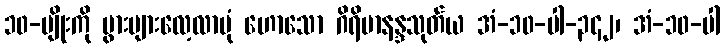
၁၀-မျိုးကို ပွားများလေ့လာပုံ ဟောသော ဂိရိမာနန္ဒသုတ်ယ အံ-၁၀-ပါ-၃၄၂၊ အံ-၁၀-ပါ